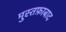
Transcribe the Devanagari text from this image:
मुस्तफ़ाबाद